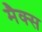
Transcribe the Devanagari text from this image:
मैक्‍स